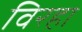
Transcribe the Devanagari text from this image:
विरहा